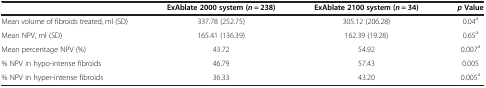
<table><thead><tr><td><b> </b></td><td><b>ExAblate 2000 system (<i>n</i> = 238)</b></td><td><b>ExAblate 2100 system (<i>n</i> = 34)</b></td><td><b><i>p</i>Value</b></td></tr></thead><tbody><tr><td>Mean volume of fibroids treated, ml (SD)</td><td>337.78 (252.75)</td><td>305.12 (206.28)</td><td>0.04<sup>a</sup></td></tr><tr><td>Mean NPV, ml (SD)</td><td>165.41 (136.39)</td><td>162.39 (19.28)</td><td>0.65<sup>a</sup></td></tr><tr><td>Mean percentage NPV (%)</td><td>43.72</td><td>54.92</td><td>0.007<sup>a</sup></td></tr><tr><td>% NPV in hypo-intense fibroids</td><td>46.79</td><td>57.43</td><td>0.005</td></tr><tr><td>% NPV in hyper-intense fibroids</td><td>36.33</td><td>43.20</td><td>0.005<sup>a</sup></td></tr></tbody></table>